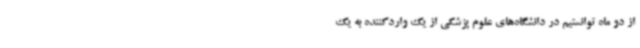
از دو ماه توانستیم در دانشگاه‌های علوم پزشکی از یک واردکننده به یک